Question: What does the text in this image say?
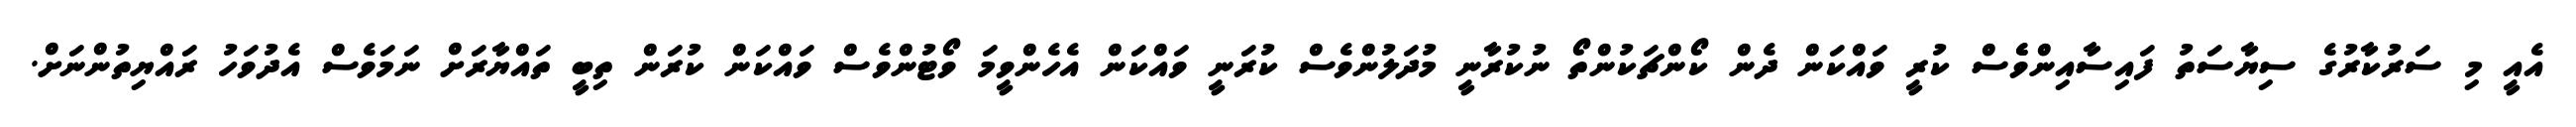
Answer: އެއީ މި ސަރުކާރުގެ ސިޔާސަތު ފައިސާއިންވެެސް ކުރީ ވައްކަން ދެން ކޯންޗަކުންތޯ ނުކުރާނީ މުދަލުންވެސް ކުރަނީ ވައްކަން އެހެންވީމަ ވޯޓުންވެސް ވައްކަން ކުރަން ތިބީ ތައްޔާރަށް ނަމަވެސް އެދުވަހު ރައްޔިތުންނަށް.